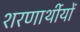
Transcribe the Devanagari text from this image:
शरणार्थीयों